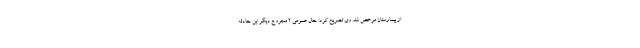
از بیمارستان مرخص شد. وی تصریح کرد: حال عمومی ۲ مجروح دیگر این حادثه